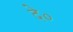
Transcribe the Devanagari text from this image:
दे०